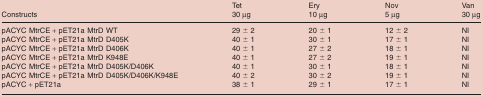
<table><thead><tr><td><b>Constructs</b></td><td><b>Tet 30 μg</b></td><td><b>Ery 10 μg</b></td><td><b>Nov 5 μg</b></td><td><b>Van 30 μg</b></td></tr></thead><tbody><tr><td>pACYC MtrCE + pET21a MtrD WT</td><td>29 ± 2</td><td>20 ± 1</td><td>12 ± 2</td><td>NI</td></tr><tr><td>pACYC MtrCE + pET21a MtrD D405K</td><td>40 ± 1</td><td>30 ± 1</td><td>17 ± 1</td><td>NI</td></tr><tr><td>pACYC MtrCE + pET21a MtrD D406K</td><td>40 ± 1</td><td>27 ± 2</td><td>18 ± 1</td><td>NI</td></tr><tr><td>pACYC MtrCE + pET21a MtrD K948E</td><td>40 ± 1</td><td>27 ± 2</td><td>19 ± 1</td><td>NI</td></tr><tr><td>pACYC MtrCE + pET21a MtrD D405K/D406K</td><td>40 ± 1</td><td>30 ± 1</td><td>18 ± 1</td><td>NI</td></tr><tr><td>pACYC MtrCE + pET21a MtrD D405K/D406K/K948E</td><td>40 ± 2</td><td>30 ± 2</td><td>19 ± 1</td><td>NI</td></tr><tr><td>pACYC + pET21a</td><td>38 ± 1</td><td>29 ± 1</td><td>17 ± 1</td><td>NI</td></tr></tbody></table>